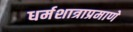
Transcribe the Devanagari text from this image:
धर्मशात्राप्रमाणे